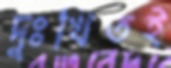
দুঃখিতই